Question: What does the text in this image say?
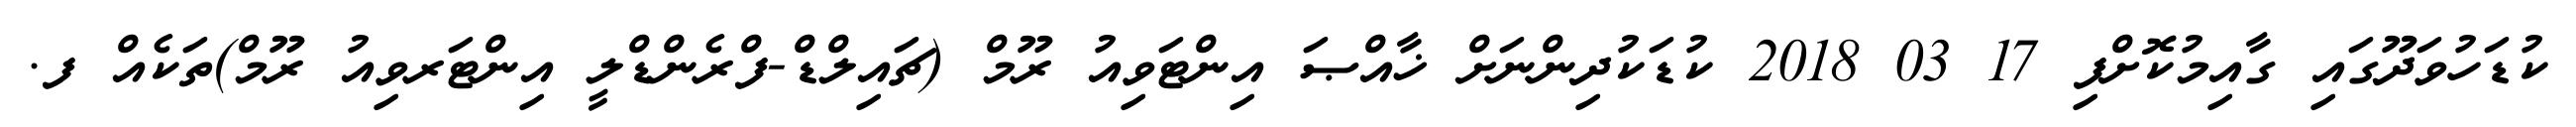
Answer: ކުޑަހުވަދޫގައި ގާއިމުކޮށްފި 17 03 2018 ކުޑަކުދިންނަށް ޚާއްޞަ އިންޓަވިއު ރޫމް (ޗައިލްޑް-ފްރެންޑްލީ އިންޓަރވިއު ރޫމް)ތަކެއް ފ.